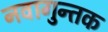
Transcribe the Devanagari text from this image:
नवागुन्तक